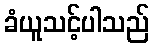
ခံယူသင့်ပါသည်